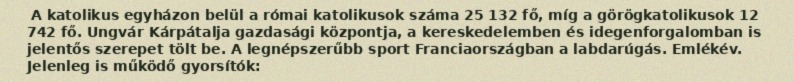
A katolikus egyházon belül a római katolikusok száma 25 132 fő, míg a görögkatolikusok 12 742 fő. Ungvár Kárpátalja gazdasági központja, a kereskedelemben és idegenforgalomban is jelentős szerepet tölt be. A legnépszerűbb sport Franciaországban a labdarúgás. Emlékév. Jelenleg is működő gyorsítók: